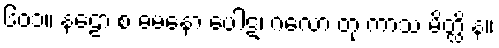
၆၀၁။ နဠော စ ဓမနော ပေါဋ၊ ဂလော တု ကာသ မိတ္ထိ န။